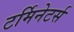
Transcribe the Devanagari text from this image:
टर्मिनेटर्स